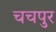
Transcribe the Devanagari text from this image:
चचपुर